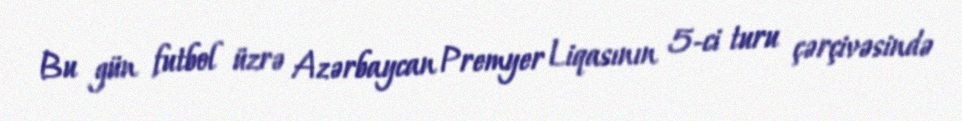
Bu gün futbol üzrə Azərbaycan Premyer Liqasının 5-ci turu çərçivəsində